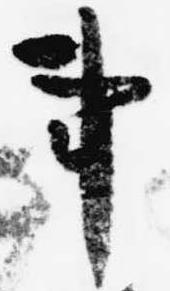
事